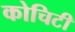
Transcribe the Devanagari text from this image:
कोचिटी